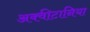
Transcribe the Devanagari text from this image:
अक्वीटानिया